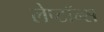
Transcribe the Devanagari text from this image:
लेप्टॉन्स